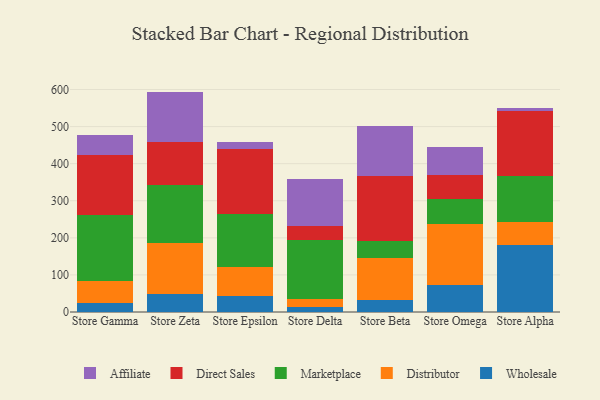
{"axis": {"x": "Store", "y": "Tickets Resolved"}, "legend": ["Affiliate", "Direct Sales", "Distributor", "Marketplace", "Wholesale"], "data": [{"x": "Store Gamma", "y": 24.9, "type": "Wholesale"}, {"x": "Store Gamma", "y": 58.8, "type": "Distributor"}, {"x": "Store Gamma", "y": 177.7, "type": "Marketplace"}, {"x": "Store Gamma", "y": 161.9, "type": "Direct Sales"}, {"x": "Store Gamma", "y": 55.3, "type": "Affiliate"}, {"x": "Store Zeta", "y": 48.2, "type": "Wholesale"}, {"x": "Store Zeta", "y": 137.9, "type": "Distributor"}, {"x": "Store Zeta", "y": 157.1, "type": "Marketplace"}, {"x": "Store Zeta", "y": 115.9, "type": "Direct Sales"}, {"x": "Store Zeta", "y": 135.2, "type": "Affiliate"}, {"x": "Store Epsilon", "y": 43.8, "type": "Wholesale"}, {"x": "Store Epsilon", "y": 76.8, "type": "Distributor"}, {"x": "Store Epsilon", "y": 144.6, "type": "Marketplace"}, {"x": "Store Epsilon", "y": 174.0, "type": "Direct Sales"}, {"x": "Store Epsilon", "y": 18.7, "type": "Affiliate"}, {"x": "Store Delta", "y": 14.7, "type": "Wholesale"}, {"x": "Store Delta", "y": 20.3, "type": "Distributor"}, {"x": "Store Delta", "y": 160.4, "type": "Marketplace"}, {"x": "Store Delta", "y": 35.7, "type": "Direct Sales"}, {"x": "Store Delta", "y": 128.7, "type": "Affiliate"}, {"x": "Store Beta", "y": 32.8, "type": "Wholesale"}, {"x": "Store Beta", "y": 113.6, "type": "Distributor"}, {"x": "Store Beta", "y": 44.1, "type": "Marketplace"}, {"x": "Store Beta", "y": 176.4, "type": "Direct Sales"}, {"x": "Store Beta", "y": 135.5, "type": "Affiliate"}, {"x": "Store Omega", "y": 71.8, "type": "Wholesale"}, {"x": "Store Omega", "y": 164.7, "type": "Distributor"}, {"x": "Store Omega", "y": 68.1, "type": "Marketplace"}, {"x": "Store Omega", "y": 63.9, "type": "Direct Sales"}, {"x": "Store Omega", "y": 77.7, "type": "Affiliate"}, {"x": "Store Alpha", "y": 179.4, "type": "Wholesale"}, {"x": "Store Alpha", "y": 62.1, "type": "Distributor"}, {"x": "Store Alpha", "y": 125.0, "type": "Marketplace"}, {"x": "Store Alpha", "y": 175.2, "type": "Direct Sales"}, {"x": "Store Alpha", "y": 8.5, "type": "Affiliate"}]}